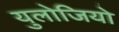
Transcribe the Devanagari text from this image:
युलोजियो